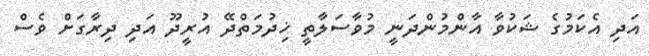
އަދި އެކަމުގެ ޝަކުވާ އާންމުންދަނީ މުވާސަލާތީ ޚިދުމަތްދޭ އުރީދޫ އަދި ދިރާގަށް ވެސް